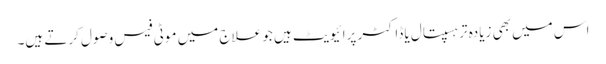
اس میں بھی زیادہ تر ہسپتال یا ڈاکٹر پرائیویٹ ہیں جو علاج میں موٹی فیس وصول کرتے ہیں۔